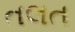
તલત